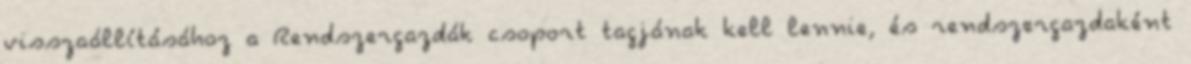
visszaállításához a Rendszergazdák csoport tagjának kell lennie, és rendszergazdaként